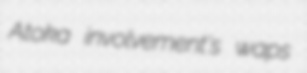
Atoka involvement's waps